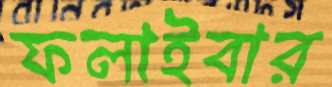
ফলাইবার